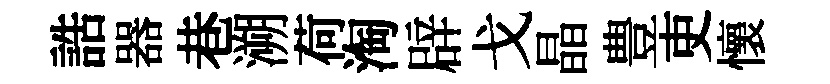
誥器巷溯荷淘辟戈晶豊吏懷